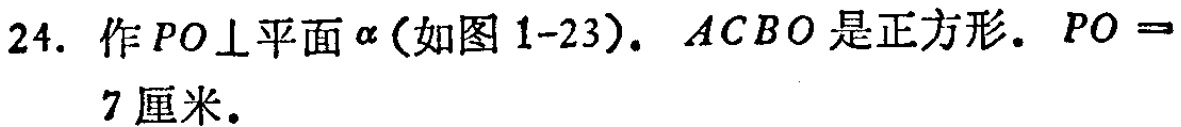
24. 作\(PO\perp\)平面\(\alpha\)(如图1-23). \(ACBO\)是正方形. \(PO = 7\)厘米.